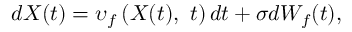
d X ( t ) = \upsilon _ { f } \left( X ( t ) , \ t \right) d t + \sigma d W _ { f } ( t ) ,